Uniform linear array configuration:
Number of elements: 12
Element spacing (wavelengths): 1
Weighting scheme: exponential
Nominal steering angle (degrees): -60
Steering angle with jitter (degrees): -58.738
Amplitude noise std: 0.05
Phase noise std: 0.05

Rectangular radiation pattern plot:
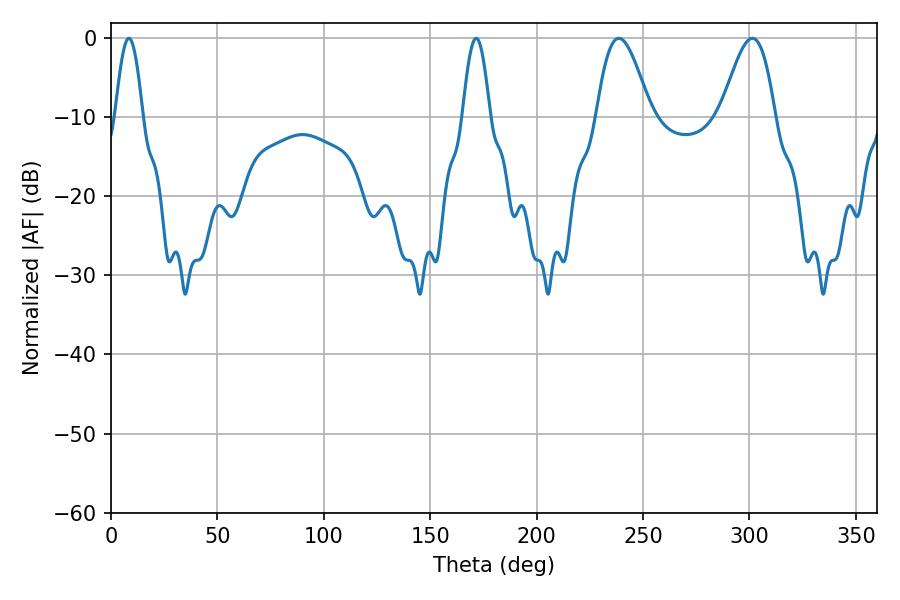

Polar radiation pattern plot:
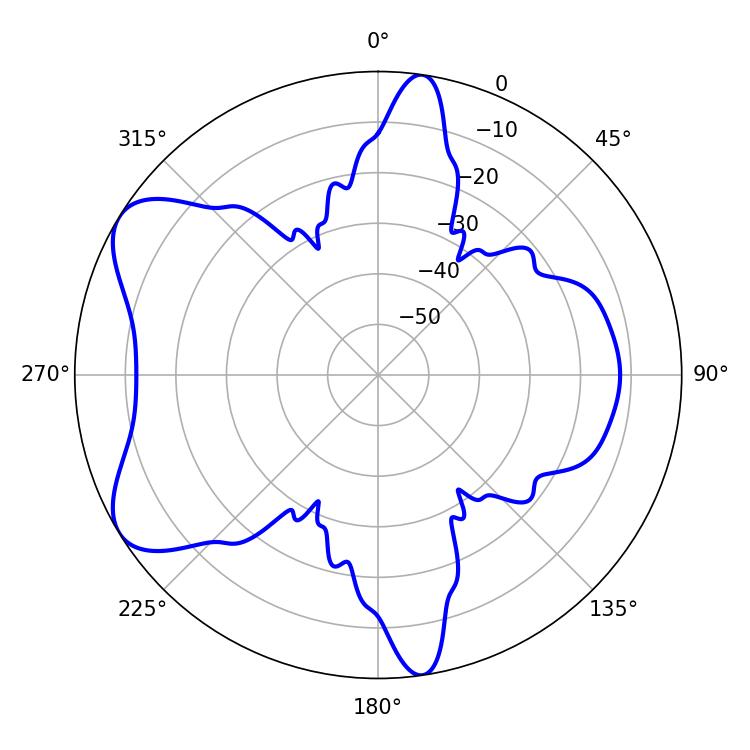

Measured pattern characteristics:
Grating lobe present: TRUE
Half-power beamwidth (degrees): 13.5
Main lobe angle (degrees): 238.68